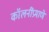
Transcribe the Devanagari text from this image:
कॉलनींप्रमाणे